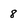
Character: 8